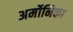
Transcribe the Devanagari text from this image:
अर्मोनिका